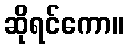
ဆိုရင်ကော။